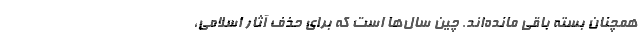
همچنان بسته باقی مانده‌اند. چین سال‌ها است که برای حذف آثار اسلامی،